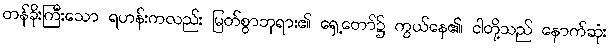
တန်ခိုးကြီးသော ရဟန်းကလည်း မြတ်စွာဘုရား၏ ရှေ့တော်၌ ကွယ်နေ၏၊ ငါတို့သည် နောက်ဆုံး